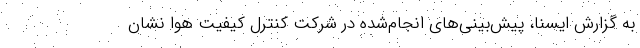
به گزارش ایسنا، پیش‌بینی‌های انجام‌شده در شرکت کنترل کیفیت هوا نشان